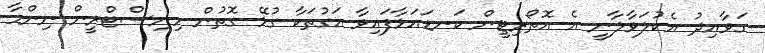
ގަވާއިދު އެކުލަވާލާނީ އެ އޮތޯރިޓީން ކަނޑައަޅާފައިވާ އަގުތަކާ ގުޅޭ ގޮތުން މިނިސްޓްރީން ނިންމާ